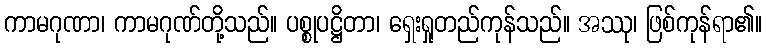
ကာမဂုဏာ၊ ကာမဂုဏ်တို့သည်။ ပစ္စုပဋ္ဌိတာ၊ ရှေးရှုတည်ကုန်သည်။ အဿု၊ ဖြစ်ကုန်ရာ၏။